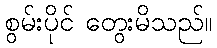
စွမ်းပိုင် တွေးမိသည်။